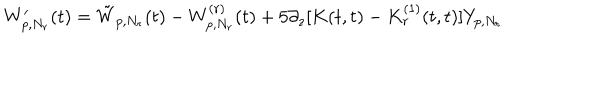
LaTeX: W _ { p , N _ { r } } ^ { \prime } ( t ) = \tilde { W } _ { p , N _ { r } } ( t ) - W _ { p , N _ { r } } ^ { ( r ) } ( t ) + 5 \partial _ { z } [ K ( t , t ) - K _ { r } ^ { ( 1 ) } ( t , t ) ] Y _ { p , N _ { r } }